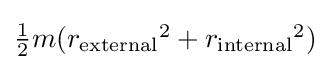
{\textstyle {\frac {1}{2}}m({r_{\mathrm {external} }}^{2}+{r_{\mathrm {internal} }}^{2})}